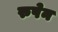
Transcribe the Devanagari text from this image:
रुपेन